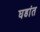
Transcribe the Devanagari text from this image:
घडांत